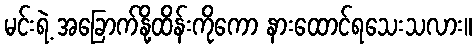
မင်းရဲ့ အခြောက်နို့ထိန်းကိုကော နားထောင်ရသေးသလား။